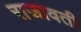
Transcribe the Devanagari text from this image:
राजावती